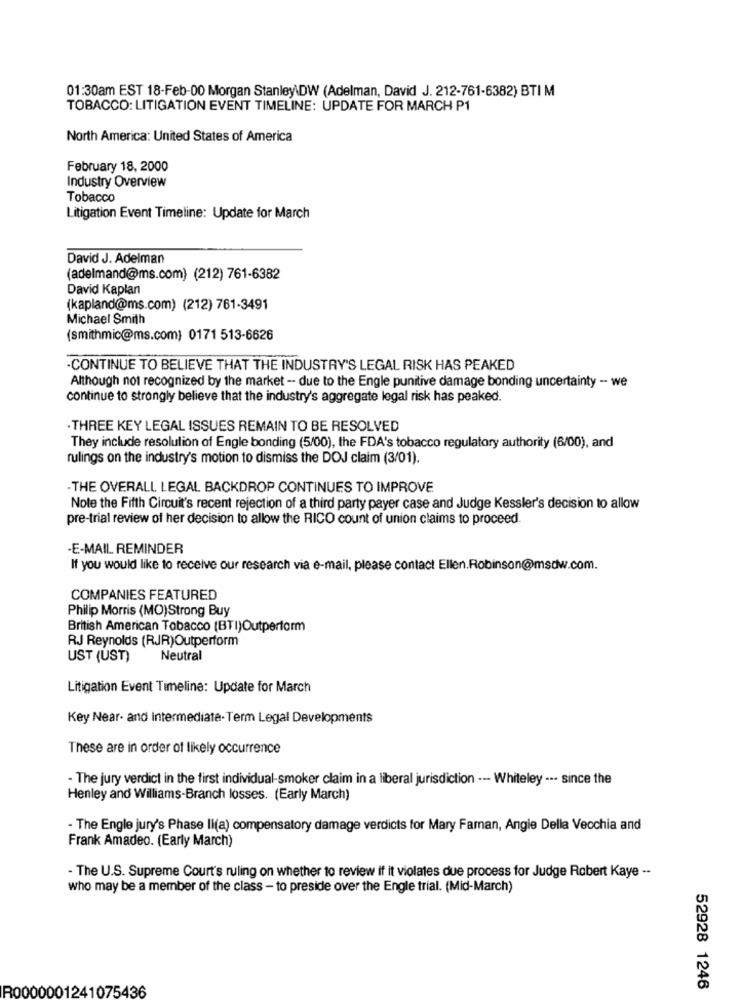
01:30am EST 18-Feb-00 Morgan Stanley\DW (Adelman, David J. 212-761-6382) BTI M
TOBACCO: LITIGATION EVENT TIMELINE: UPDATE FOR MARCH P1
North America: United States of America
February 18, 2000
Industry Overview
Tobacco
Litigation Event Timeline: Update for March
David J. Adelman
(adelmand@ms.com) (212) 761-6382
David Kaplan
(kapland@ms.com) (212) 761-3491
Michael Smith
(smithmic@ms.com) 0171 513-6626
.CONTINUE TO BELIEVE THAT THE INDUSTRY'S LEGAL RISK HAS PEAKED
Although not recognized by the market - due to the Engle punitive damage bonding uncertainty -- we
continue to strongly believe that the industry's aggregate legal risk has peaked.
. THREE KEY LEGAL ISSUES REMAIN TO BE RESOLVED
They include resolution of Engle bonding (5/00), the FDA's tobacco regulatory authority (6/00), and
rulings on the industry's motion to dismiss the DOJ claim (3/01).
-THE OVERALL LEGAL BACKDROP CONTINUES TO IMPROVE
Note the Fifth Circuit's recent rejection of a third party payer case and Judge Kessler's decision to allow
pre-trial review of her decision to allow the RICO count of union claims to proceed.
-E-MAIL REMINDER
If you would like to receive our research via e-mail, please contact Ellen.Robinson@msdw.com.
COMPANIES FEATURED
Philip Morris (MO)Strong Buy
British American Tobacco (BTI)Outperform
RJ Reynolds (RJR)Outperform
UST (UST)
Neutral
Litigation Event Timeline: Update for March
Key Near- and Intermediate-Term Legal Developments
These are in order of likely occurrence
- The jury verdict in the first individual-smoker claim in a liberal jurisdiction -- Whiteley ... since the
Henley and Williams-Branch losses. (Early March)
- The Engle jury's Phase Ii(a) compensatory damage verdicts for Mary Farnan, Angie Della Vecchia and
Frank Amadeo. (Early March)
- The U.S. Supreme Court's ruling on whether to review if it violates due process for Judge Robert Kaye --
who may be a member of the class - to preside over the Engle trial. (Mid-March)
R0000001241075436
52928 1246